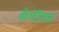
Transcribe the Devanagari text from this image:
केपीएस